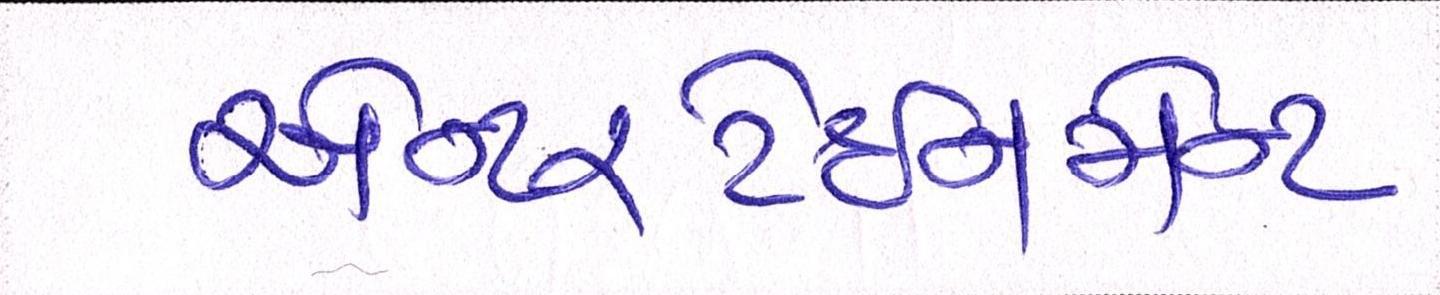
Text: એન્ટરટેઈનમેન્ટ